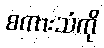
စကားသံကို